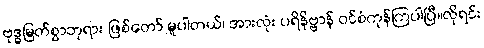
ဗုဒ္ဓမြတ်စွာဘုရား ဖြစ်တော် မူပါတယ်၊ အားလုံး ပရိနိဗ္ဗာန် ဝင်စံကုန်ကြပါပြီ။လိုရင်း